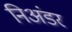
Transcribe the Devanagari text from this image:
निअंडर